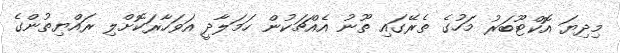
މިދިޔަ އޮކްޓޫބަރު މަހުގެ ތެރޭގައި ތޫނު އެއްޗަކުން ހަމަލާދީ އަވަހާރަކޮށްލި ރައްޔިތުންގެ